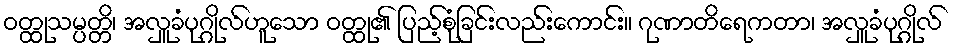
ဝတ္ထုသမ္ပတ္တိ၊ အလှူခံပုဂ္ဂိုလ်ဟူသော ဝတ္ထု၏ ပြည့်စုံခြင်းလည်းကောင်း။ ဂုဏာတိရေကတာ၊ အလှူခံပုဂ္ဂိုလ်